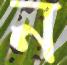
ন